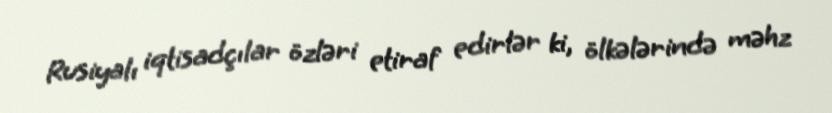
Rusiyalı iqtisadçılar özləri etiraf edirlər ki, ölkələrində məhz